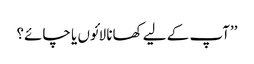
’’آپ کے لیے کھانا لائوں یا چائے؟